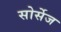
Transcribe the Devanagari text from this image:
सोर्सेज